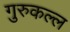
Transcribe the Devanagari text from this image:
गुरुकल्ल